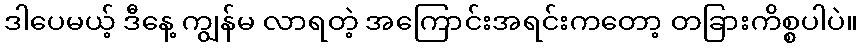
ဒါပေမယ့် ဒီနေ့ ကျွန်မ လာရတဲ့ အကြောင်းအရင်းကတော့ တခြားကိစ္စပါပဲ။